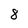
Character: 8